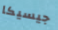
جيسيكا